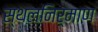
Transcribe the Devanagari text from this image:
स्थलनिर्माण